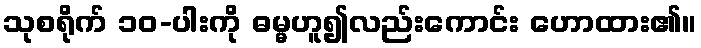
သုစရိုက် ၁၀-ပါးကို ဓမ္မဟူ၍လည်းကောင်း ဟောထား၏။